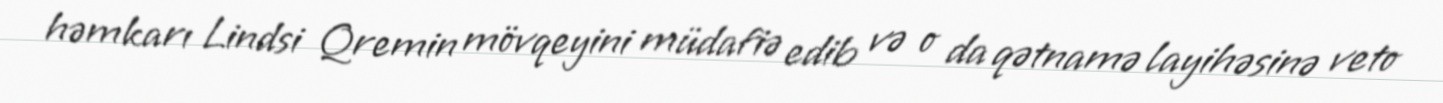
həmkarı Lindsi Qremin mövqeyini müdafiə edib və o da qətnamə layihəsinə veto